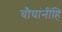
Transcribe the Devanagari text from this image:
चौघांनींहि